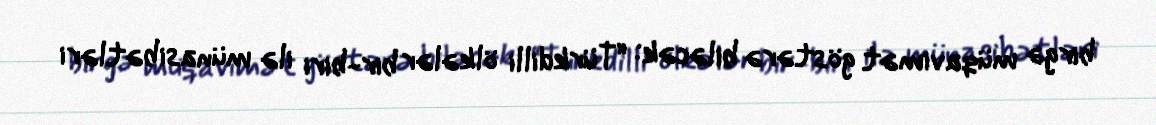
birgə müqavimət göstərə biləcək: “Türkdilli ölkələr bir-biri ilə münasibətləri